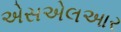
એસએલઆર